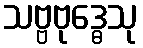
သဗ္ဗဗုဒ္ဓေသု